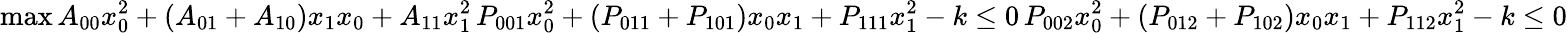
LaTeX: \operatorname*{max}A_{00}x_{0}^{2}+(A_{01}+A_{10})x_{1}x_{0}+A_{11}x_{1}^{2}\, P_{001}x_{0}^{2}+(P_{011}+P_{101})x_{0}x_{1}+P_{111}x_{1}^{2}-k\le 0\, P_{002}x_{0}^{2}+(P_{012}+P_{102})x_{0}x_{1}+P_{112}x_{1}^{2}-k\le 0